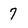
Character: 7